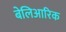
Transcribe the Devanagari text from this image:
बेलिआरिक